Annual report of the Punjab Veterinary College and of the Civil Veterinary Department, Punjab - 1894-1908
Year: 1894
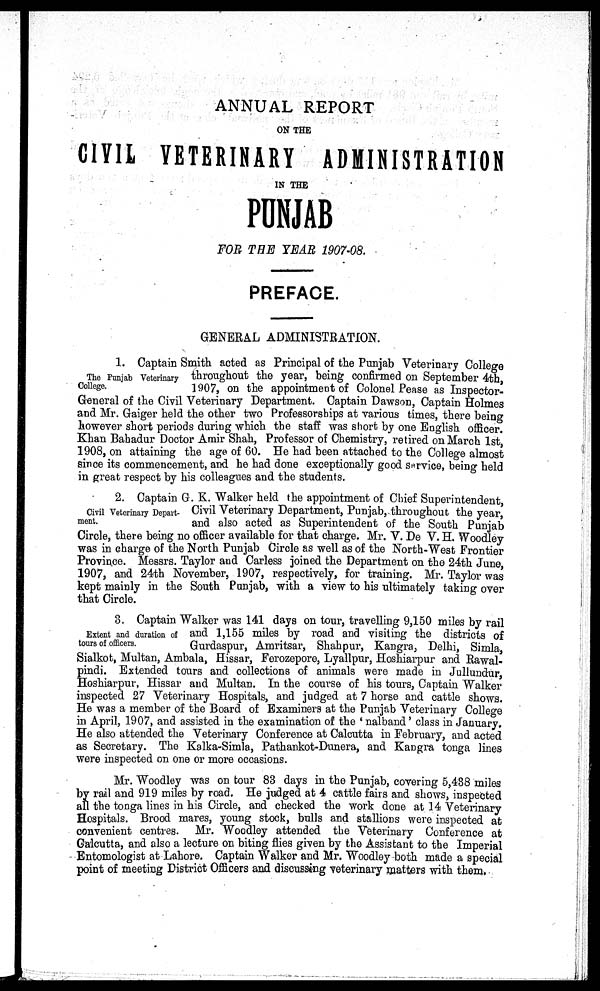
ANNUAL REPORT
ON THE
CIVIL VETERINARY ADMINISTRATION
IN THE
PUNJAB
FOR THE YEAR 1907-08.
PREFACE.
GENERAL ADMINISTRATION.
The Punjab Veterinary
College.
1. Captain Smith acted as Principal of the Punjab Veterinary College
throughout the year, being confirmed on September 4th,
1907, on the appointment of Colonel Pease as Inspector-
General of the Civil Veterinary Department. Captain Dawson, Captain Holmes
and Mr. Gaiger held the other two Professorships at various times, there being
however short periods during which the staff was short by one English officer.
Khan Bahadur Doctor Amir Shah, Professor of Chemistry, retired on March 1st,
1908, on attaining the age of 60. He had been attached to the College almost
since its commencement, and he had done exceptionally good service, being held
in great respect by his colleagues and the students.
Civil Veterinary Depart-
ment.
2. Captain G. K. Walker held the appointment of Chief Superintendent,
Civil Veterinary Department, Punjab, throughout the year,
and also acted as Superintendent of the South Punjab
Circle, there being no officer available for that charge. Mr. V. De V. H. Woodley
was in charge of the North Punjab Circle as well as of the North-West Frontier
Province. Messrs. Taylor and Carless joined the Department on the 24th June,
1907, and 24th November, 1907, respectively, for training. Mr. Taylor was
kept mainly in the South Punjab, with a view to his ultimately taking over
that Circle.
Extent and duration of
tours of officers.
3. Captain Walker was 141 days on tour, travelling 9,150 miles by rail
and 1,155 miles by road and visiting the districts of
Gurdaspur, Amritsar, Shahpur, Kangra, Delhi, Simla,
Sialkot, Multan, Ambala, Hissar, Ferozepore, Lyallpur, Hoshiarpur and Rawal-
pindi. Extended tours and collections of animals were made in Jullundur,
Hoshiarpur, Hissar and Multan. In the course of his tours, Captain Walker
inspected 27 Veterinary Hospitals, and judged at 7 horse and cattle shows.
He was a member of the Board of Examiners at the Punjab Veterinary College
in April, 1907, and assisted in the examination of the 'nalband' class in January.
He also attended the Veterinary Conference at Calcutta in February, and acted
as Secretary. The Kalka-Simla, Pathankot-Dunera, and Kangra tonga lines
were inspected on one or more occasions.
Mr. Woodley was on tour 83 days in the Punjab, covering 5,438 miles
by rail and 919 miles by road. He judged at 4 cattle fairs and shows, inspected
all the tonga lines in his Circle, and checked the work done at 14 Veterinary
Hospitals. Brood mares, young stock, bulls and stallions were inspected at
convenient centres. Mr. Woodley attended the Veterinary Conference at
Calcutta, and also a lecture on biting flies given by the Assistant to the Imperial
Entomologist at Lahore. Captain Walker and Mr. Woodley both made a special
point of meeting District Officers and discussing veterinary matters with them.